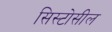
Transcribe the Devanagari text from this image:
सिस्टोसील